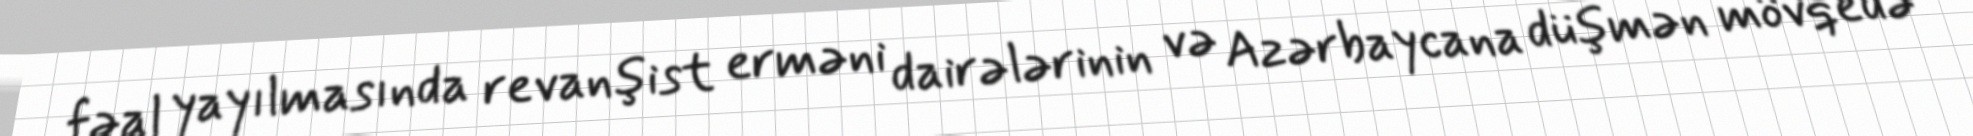
fəal yayılmasında revanşist erməni dairələrinin və Azərbaycana düşmən mövqedə